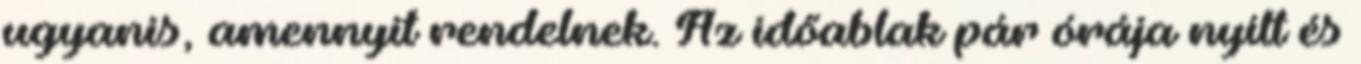
ugyanis, amennyit rendelnek. Az időablak pár órája nyílt és